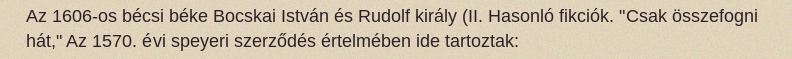
Az 1606-os bécsi béke Bocskai István és Rudolf király (II. Hasonló fikciók. "Csak összefogni hát," Az 1570. évi speyeri szerződés értelmében ide tartoztak: